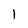
Character: I